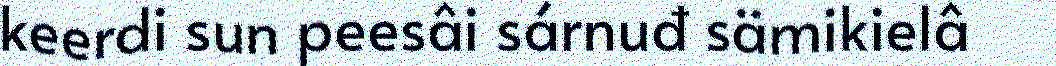
keerdi sun peesâi sárnuđ sämikielâ